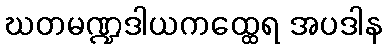
ဃတမဏ္ဍဒါယကထ္ထေရ အပဒါန